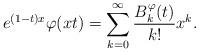
LaTeX: \begin{align*}e^{(1-t)x}\varphi(xt)=\sum_{k=0}^{\infty} \frac{B^{\varphi}_k(t)}{k!}x^k.\end{align*}